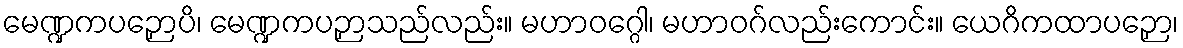
မေဏ္ဍကပဉှောပိ၊ မေဏ္ဍကပဉှာသည်လည်း။ မဟာဝဂ္ဂေါ၊ မဟာဝဂ်လည်းကောင်း။ ယေဂိကထာပဉှော၊